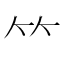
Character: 𥫗